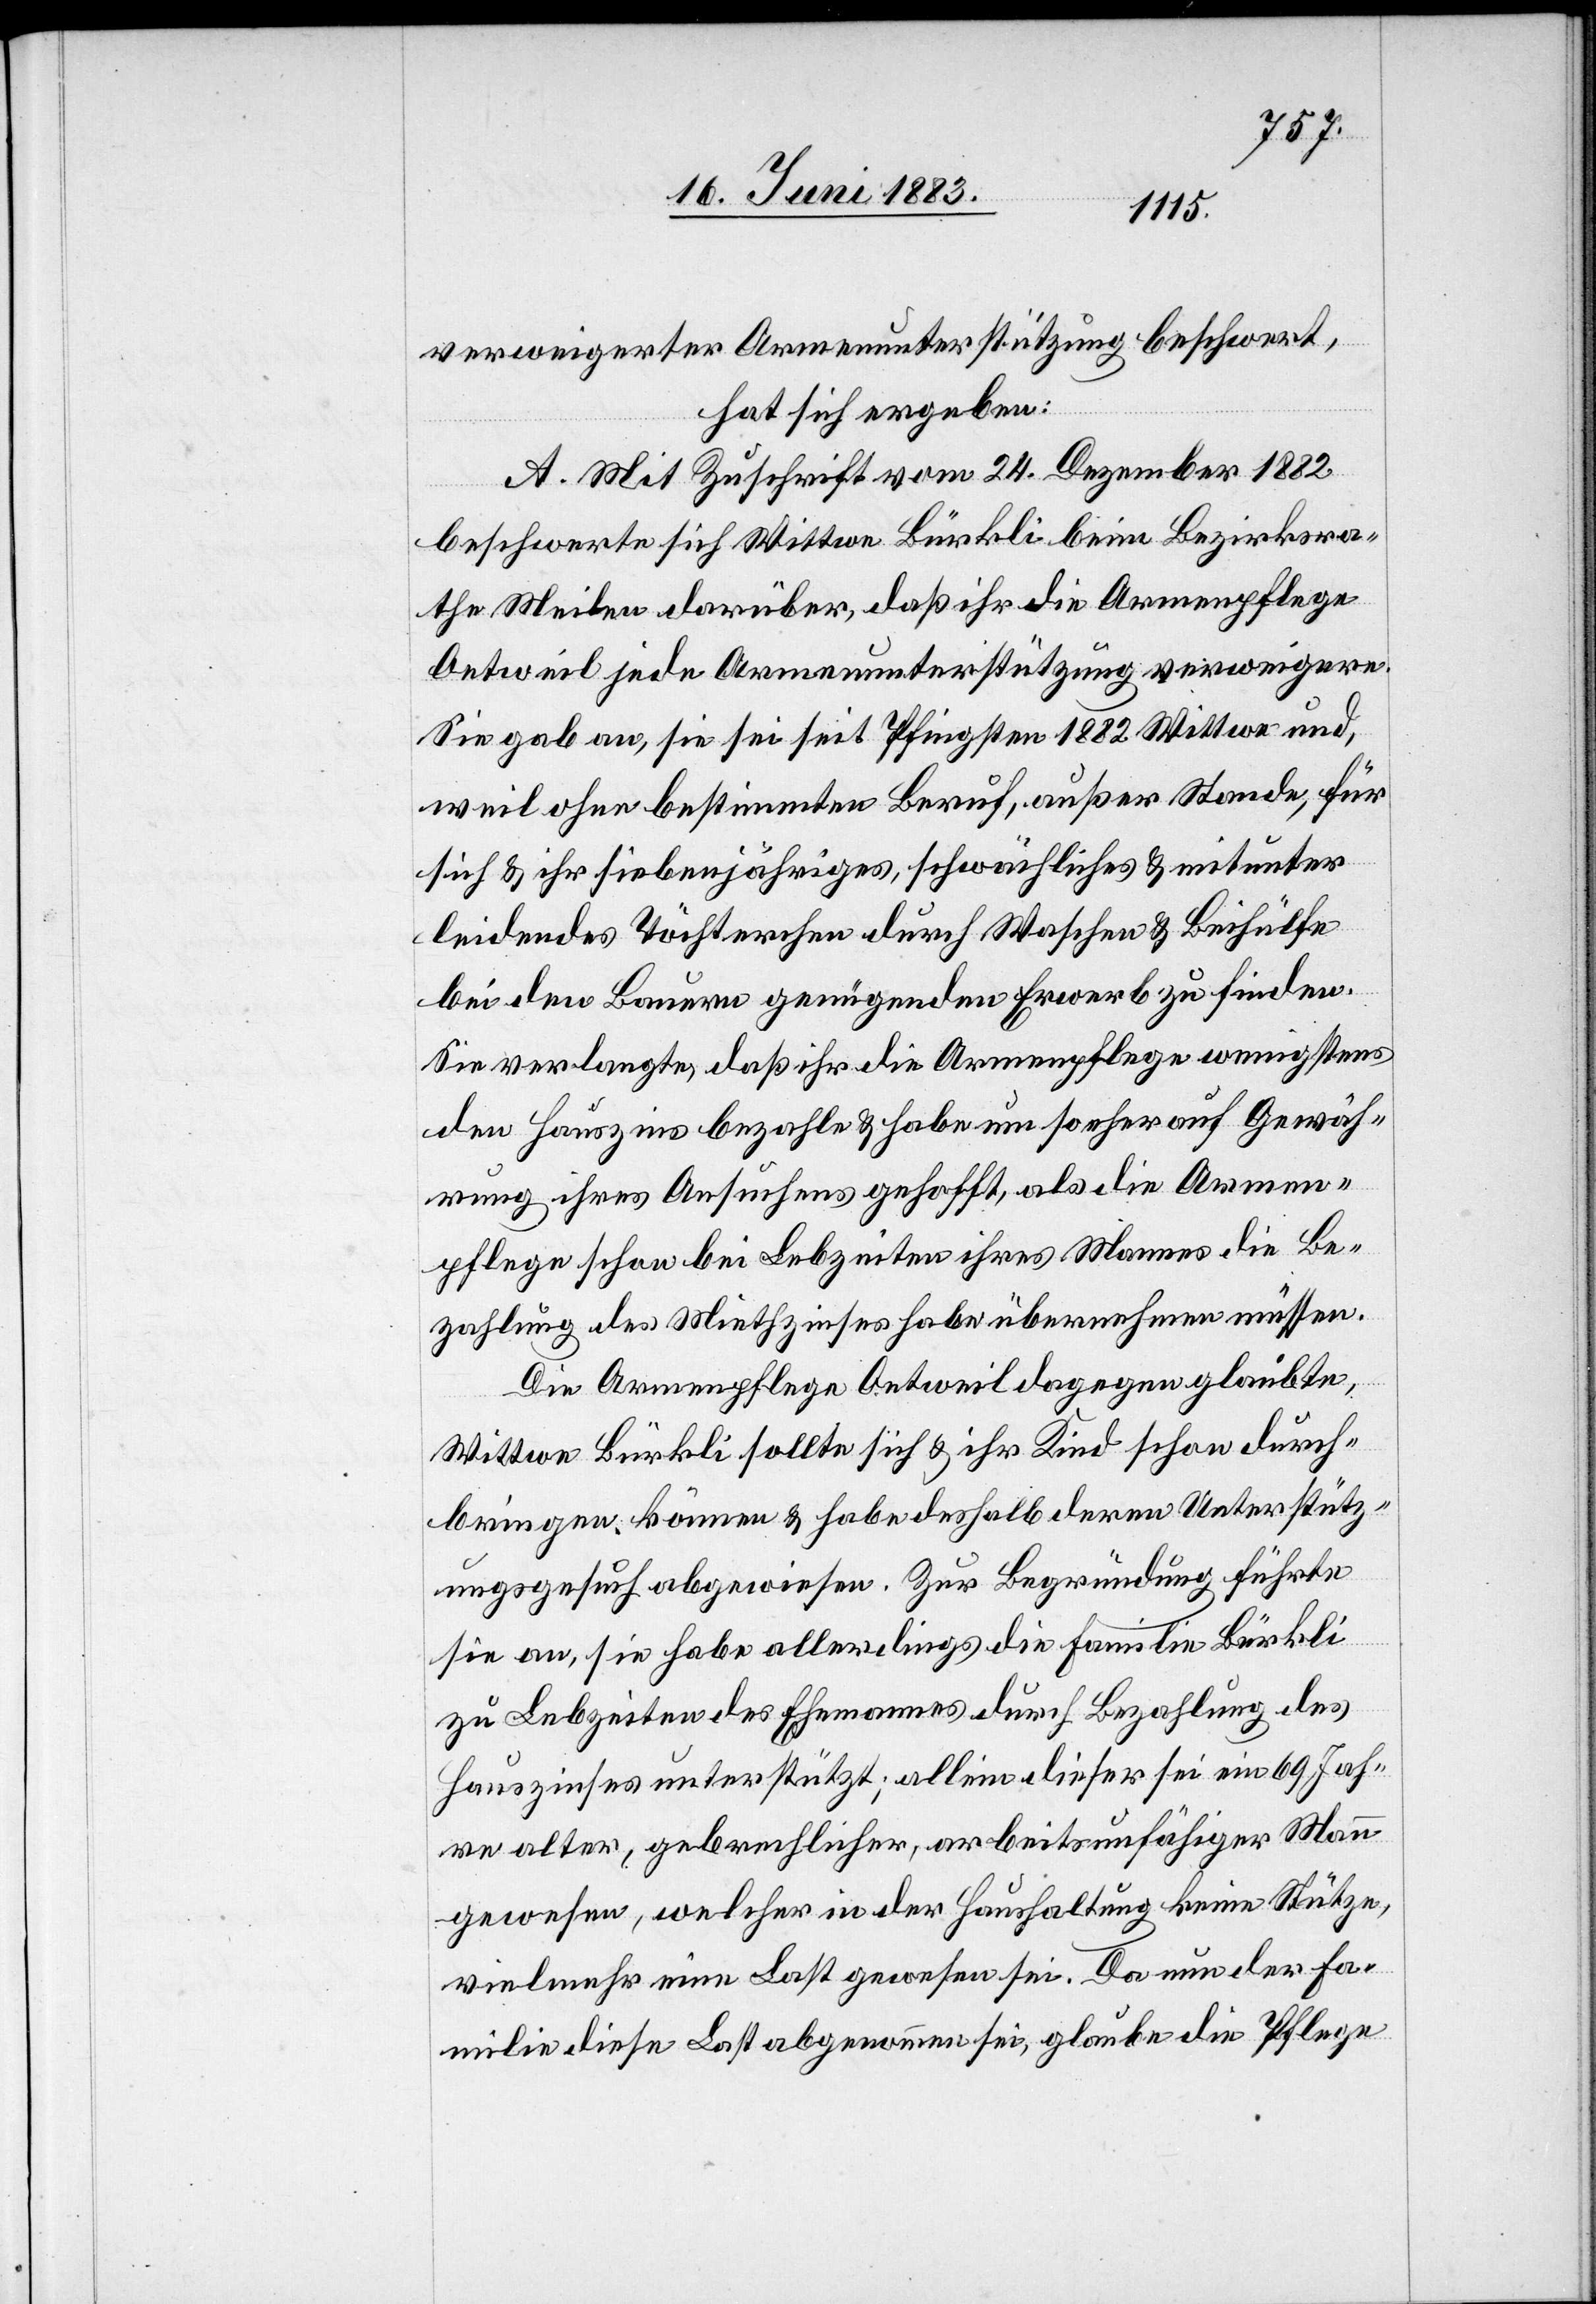
verweigerter Armenunterstützung beschwert,
hat sich ergeben:
A. Mit Zuschrift vom 24. Dezember 1882
beschwerte sich Wittwe Bürkli beim Bezirksra¬
the Meilen darüber, daß ihr die Armenpflege
Oetweil jede Armenunterstützung verweigere.
Sie gab an, sie sei seit Pfingsten 1882 Wittwe und,
weil ohne bestimmten Beruf, außer Stande, für
sich & ihr siebenjähriges, schwächliches & mitunter
leidendes Töchterchen durch Waschen & Beihülfe
bei den Bauern genügenden Erwerb zu finden.
Sie verlangte, daß ihr die Armenpflege wenigstens
den Hauszins bezahle & habe um so eher auf Gewäh¬
rung ihres Ansuchen gehofft, als die Armen¬
pflege schon bei Lebzeiten ihres Mannes die Be¬
zahlung des Miethzinses habe übernehmen müssen.
Die Armenpflege Oetweil dagegen glaubte,
Wittwe Bürkli sollte sich & ihr Kind schon durch¬
bringen können & habe deshalb deren Unterstütz¬
ungsgesuch abgewiesen. Zur Begründung führte
sie an, sie habe allerdings die Familie Bürkli
zu Lebzeiten des Ehemannes durch Bezahlung des
Hauszinses unterstützt; allein dieser sei ein 69 Jah¬
re alter, gebrechlicher, arbeitsunfähiger Mann
gewesen, welcher in der Haushaltung keine Stütze,
vielmehr eine Last gewesen sei. Da nun der Fa¬
milie diese Last abgenommen sei, glaube die Pflege